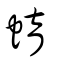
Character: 蜟